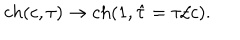
c h ( c , \tau ) \rightarrow c h ( 1 , \hat { \tau } = \tau / c ) .